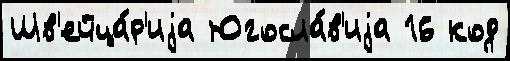
Шв'ейца́р'иjа Югосла́в'иjа 16 код